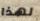
لهذا